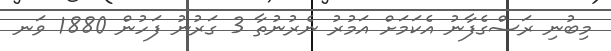
މިބުނި ރަސްގެފާނު އެކަމަށް އަމުރު ނެރުނުތާ 3 ގަރުނު ފަހުން 1880 ވަނ